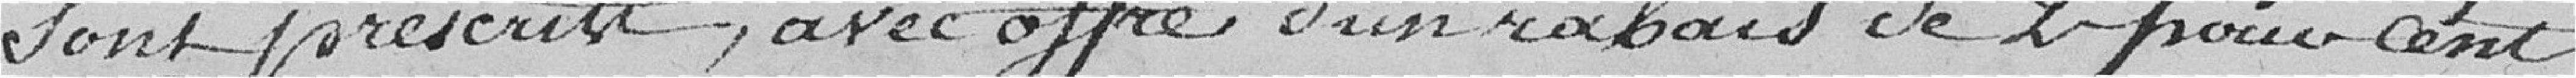
sont prescrits, avec offre d'un rabais de 2 pour cent